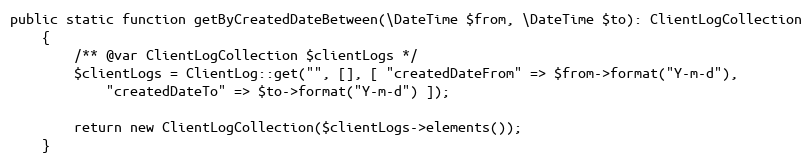
Language: PHP
public static function getByCreatedDateBetween(\DateTime $from, \DateTime $to): ClientLogCollection
    {
        /** @var ClientLogCollection $clientLogs */
        $clientLogs = ClientLog::get("", [], [ "createdDateFrom" => $from->format("Y-m-d"),
            "createdDateTo" => $to->format("Y-m-d") ]);

        return new ClientLogCollection($clientLogs->elements());
    }